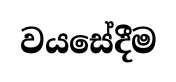
වයසේදීම